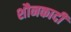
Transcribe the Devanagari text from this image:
शौनकादी